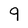
Character: 9